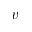
v